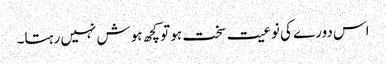
اس دورے کی نوعیت سخت ہو تو کچھ ہوش نہیں رہتا۔